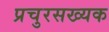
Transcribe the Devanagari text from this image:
प्रचुरसख्यक